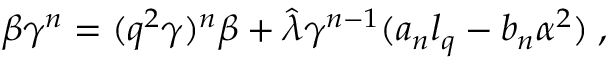
\beta \gamma ^ { n } = ( q ^ { 2 } \gamma ) ^ { n } \beta + \hat { \lambda } \gamma ^ { n - 1 } ( a _ { n } l _ { q } - b _ { n } \alpha ^ { 2 } ) \; ,